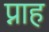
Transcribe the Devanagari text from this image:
प्नाह